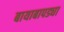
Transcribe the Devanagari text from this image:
बायाबापड्या